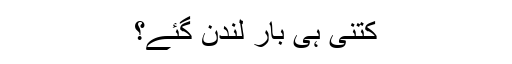
کتنی ہی بار لندن گئے؟